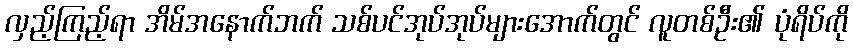
လှည့်ကြည့်ရာ အိမ်အနောက်ဘက် သစ်ပင်အုပ်အုပ်များအောက်တွင် လူတစ်ဦး၏ ပုံရိပ်ကို